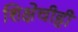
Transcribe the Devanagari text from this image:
शिक्षेचीही